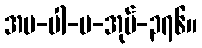
အပ-ပါ-ပ-အုပ်-၃၇၆။